Vaccination in Bombay 1869-1873 - 1869-1873
Year: 1869
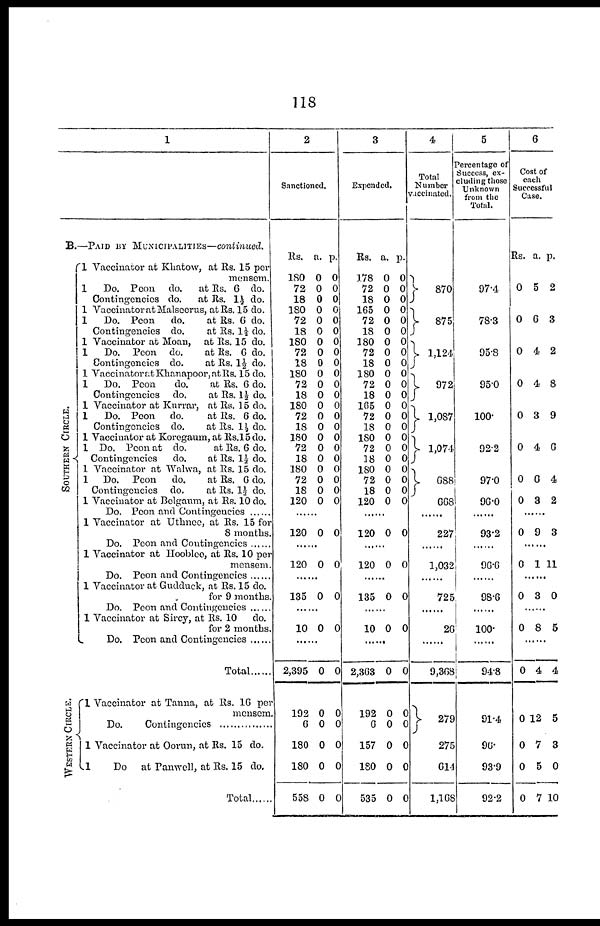
118
1
B.—PAID BY MUNICIPALITIES—continued.
S
OUT HE R N CI RCLE.
WESTERN CIRCLE.
1 Vaccinator at Khatow, at Rs. 15 per
mensem.
1
Do. Peon do.
at Rs. 6 do.
Contingencies do.
at Rs. 1½ do.
1 Vaccinator at Malseerus, at Rs. 15 do.
1
Do. Peon
do.
at Rs. 6 do.
Contingencies do.
at Rs. 1½ do.
1 Vaccinator at Moan, at Rs. 15 do.
1
Do. Peon do.
at Rs. 6 do.
Contingencies do.
at Rs. 1½ do.
1 Vaccinator at Khanapoor,atRs. 15 do.
1
Do. Peon
do.
at Rs. 6 do.
Contingencies do.
at Rs. 1½ do.
1 Vaccinator at Kurrar, at Rs. 15 do.
1
Do. Peon
do.
at Rs. 6 do.
Contingencies do.
at Rs. 1½ do.
1 Vaccinator at Koregaum, at Rs.15 do.
1 Do. Peon at do.
at Rs. 6 do.
Contingencies
do.
at Rs. 1½ do.
1 Vaccinator at Walwa, at Rs. 15 do.
1 Do. Peon
do.
at Rs. 6 do.
Contingencies do.
at Rs. 1½ do.
1 Vaccinator at Belgaum, at Rs. 10 do.
Do. Peon and Contingencies ......
1 Vaccinator at Uthnee, at Rs. 15 for
8 months.
Do. Peon and Contingencies......
1 Vaccinator at Hooblee, at Rs. 10 per
mensem.
Do. Peon and Contingencies......
1 Vaccinator at Gudduck, at Rs. 15 do.
for 9 months.
Do. Peon and Contingencies......
1 Vaccinator at Sircy, at Rs. 10 do.
for 2 months.
Do. Peon and Contingencies ......
Total ......
1 Vaccinator at Tanna, at Rs. 16 per
mensem.
Do. Contingencies ............
1 Vaccinator at Oorun, at Rs. 15 do.
1
Do at Panwell, at Rs. 15 do.
Total......
2
Sanctioned.
Rs.
180
72
18
180
72
18
180
72
18
180
72
18
180
72
18
180
72
18
180
72
18
120
a.
0
0
0
0
0
0
0
0
0
0
0
0
0
0
0
0
0
0
0
0
0
0
p.
0
0
0
0
0
0
0
0
0
0
0
0
0
0
0
0
0
0
0
0
0
0
......
120 0 0
......
120 0 0
......
135 0 0
......
10 0 0
......
2,395
192
6
180
180
558
0
0
0
0
0
0
0
0
0
0
0
0
3
Expended.
Rs.
178
72
18
165
72
18
180
72
18
180
72
18
165
72
18
180
72
18
180
72
18
120
a.
0
0
0
0
0
0
0
0
0
0
0
0
0
0
0
0
0
0
0
0
0
0
p.
0
0
0
0
0
0
0
0
0
0
0
0
0
0
0
0
0
0
0
0
0
0
......
120 0 0
......
120 0 0
......
135 0 0
......
10 0 0
......
2,363
192
6
157
180
535
0
0
0
0
0
0
0
0
0
0
0
0
4
Total
Number
vaccinated.
870
875
1,124
972
1,087
1,074
688
668
......
227
......
1,032
......
725
......
26
......
9,368
279
275
614
1,168
5
Percentage of
Success, ex-
cluding those
Unknown
from the
Total.
97.4
78.3
95.8
95.0
100.
92.2
97.0
96.0
......
93.2
......
96.6
......
98.6
......
100.
......
94.8
91.4
96.
93.9
92.2
6
Cost of
each
Successful
Case.
Rs.
0
0
0
0
0
0
0
0
a.
5
6
4
4
3
4
6
3
p.
2
3
2
8
9
6
4
2
......
0 9 3
......
0 1 11
......
0 3 0
......
0 8 5
......
0
0
0
0
0
4
12
7
5
7
4
5
3
0
10